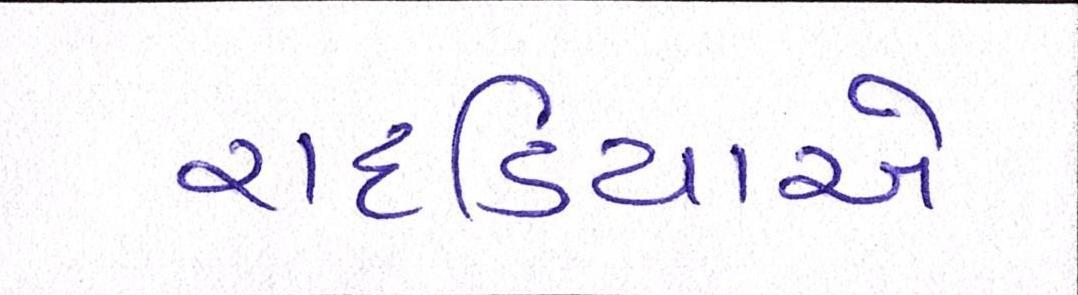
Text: રાદડિયાએ